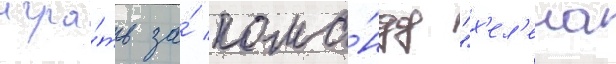
игра́ть за́ кома́нду "х'ел'ена